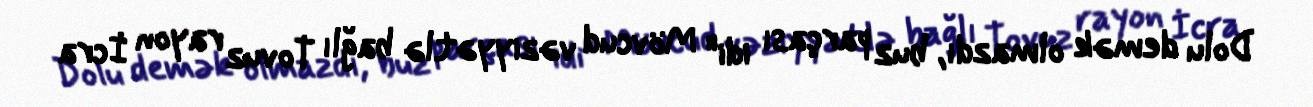
Dolu demək olmazdı, buz parçası idi" Mövcud vəziyyətlə bağlı Tovuz rayon İcra